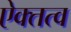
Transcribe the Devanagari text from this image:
ऐक्तत्व